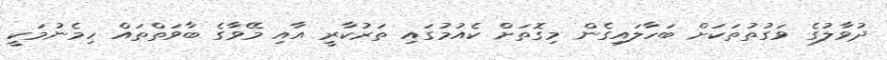
ދުވާލުގެ ވަގުތުތަކަށް ބަހާލައިގެން މިގޮތަށް ކެއުމުގައި ތަރުކާރީ އާއި މޭވާގެ ބާވަތްތައް ހިމެނުމަކީ